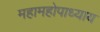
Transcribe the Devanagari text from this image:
महामहोपाध्‍याय